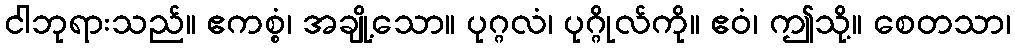
ငါဘုရားသည်။ ဧကစ္စံ၊ အချို့သော။ ပုဂ္ဂလံ၊ ပုဂ္ဂိုလ်ကို။ ဧဝံ၊ ဤသို့။ စေတသာ၊